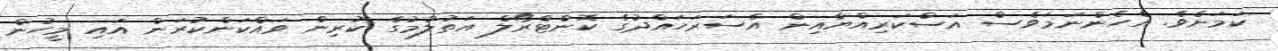
ކަމަށެވެ. އެހެންނަމަވެސް އަސްކަރިއްޔާއިން އެސަރަހައްދުގެ ކޮންޓްރޯލް އަތުލުމުގެ ކުރިން ވައްކަންކުރަން އައި މީހުން